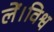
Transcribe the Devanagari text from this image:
लें।विश्व